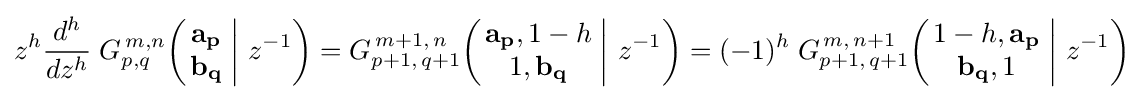
z^{h}{\frac {d^{h}}{dz^{h}}}\;G_{p,q}^{\,m,n}\!\left(\left.{\begin{matrix}\mathbf {a_{p}} \\\mathbf {b_{q}} \end{matrix}}\;\right|\,z^{-1}\right)=G_{p+1,\,q+1}^{\,m+1,\,n}\!\left(\left.{\begin{matrix}\mathbf {a_{p}} ,1-h\\1,\mathbf {b_{q}} \end{matrix}}\;\right|\,z^{-1}\right)=(-1)^{h}\;G_{p+1,\,q+1}^{\,m,\,n+1}\!\left(\left.{\begin{matrix}1-h,\mathbf {a_{p}} \\\mathbf {b_{q}} ,1\end{matrix}}\;\right|\,z^{-1}\right)